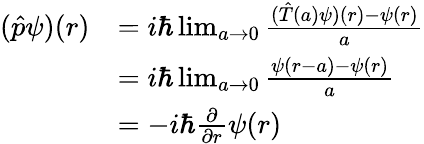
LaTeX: {\begin{array}{rl}{({\hat{p}}\psi)(r)}&{=i\hbar\operatorname*{lim}_{a\to 0}{\frac{({\hat{T}}(a)\psi)(r)-\psi(r)}{a}}}\\ &{=i\hbar\operatorname*{lim}_{a\to 0}{\frac{\psi(r-a)-\psi(r)}{a}}}\\ &{=-i\hbar{\frac{\partial}{\partial r}}\psi(r)}\end{array}}